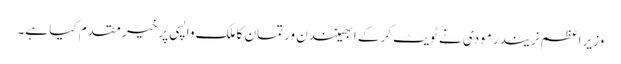
وزیر اعظم نریندر مودی نے ٹویٹ کرکے ابھینندن ورتمان کا ملک واپسی پر خیر مقدم کیا ہے۔